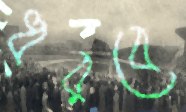
ধরবে